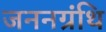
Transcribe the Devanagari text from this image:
जननग्रंथि